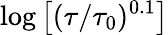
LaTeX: \log\left[(\tau/\tau_{0})^{0.1}\right]